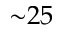
{ \sim } 2 5